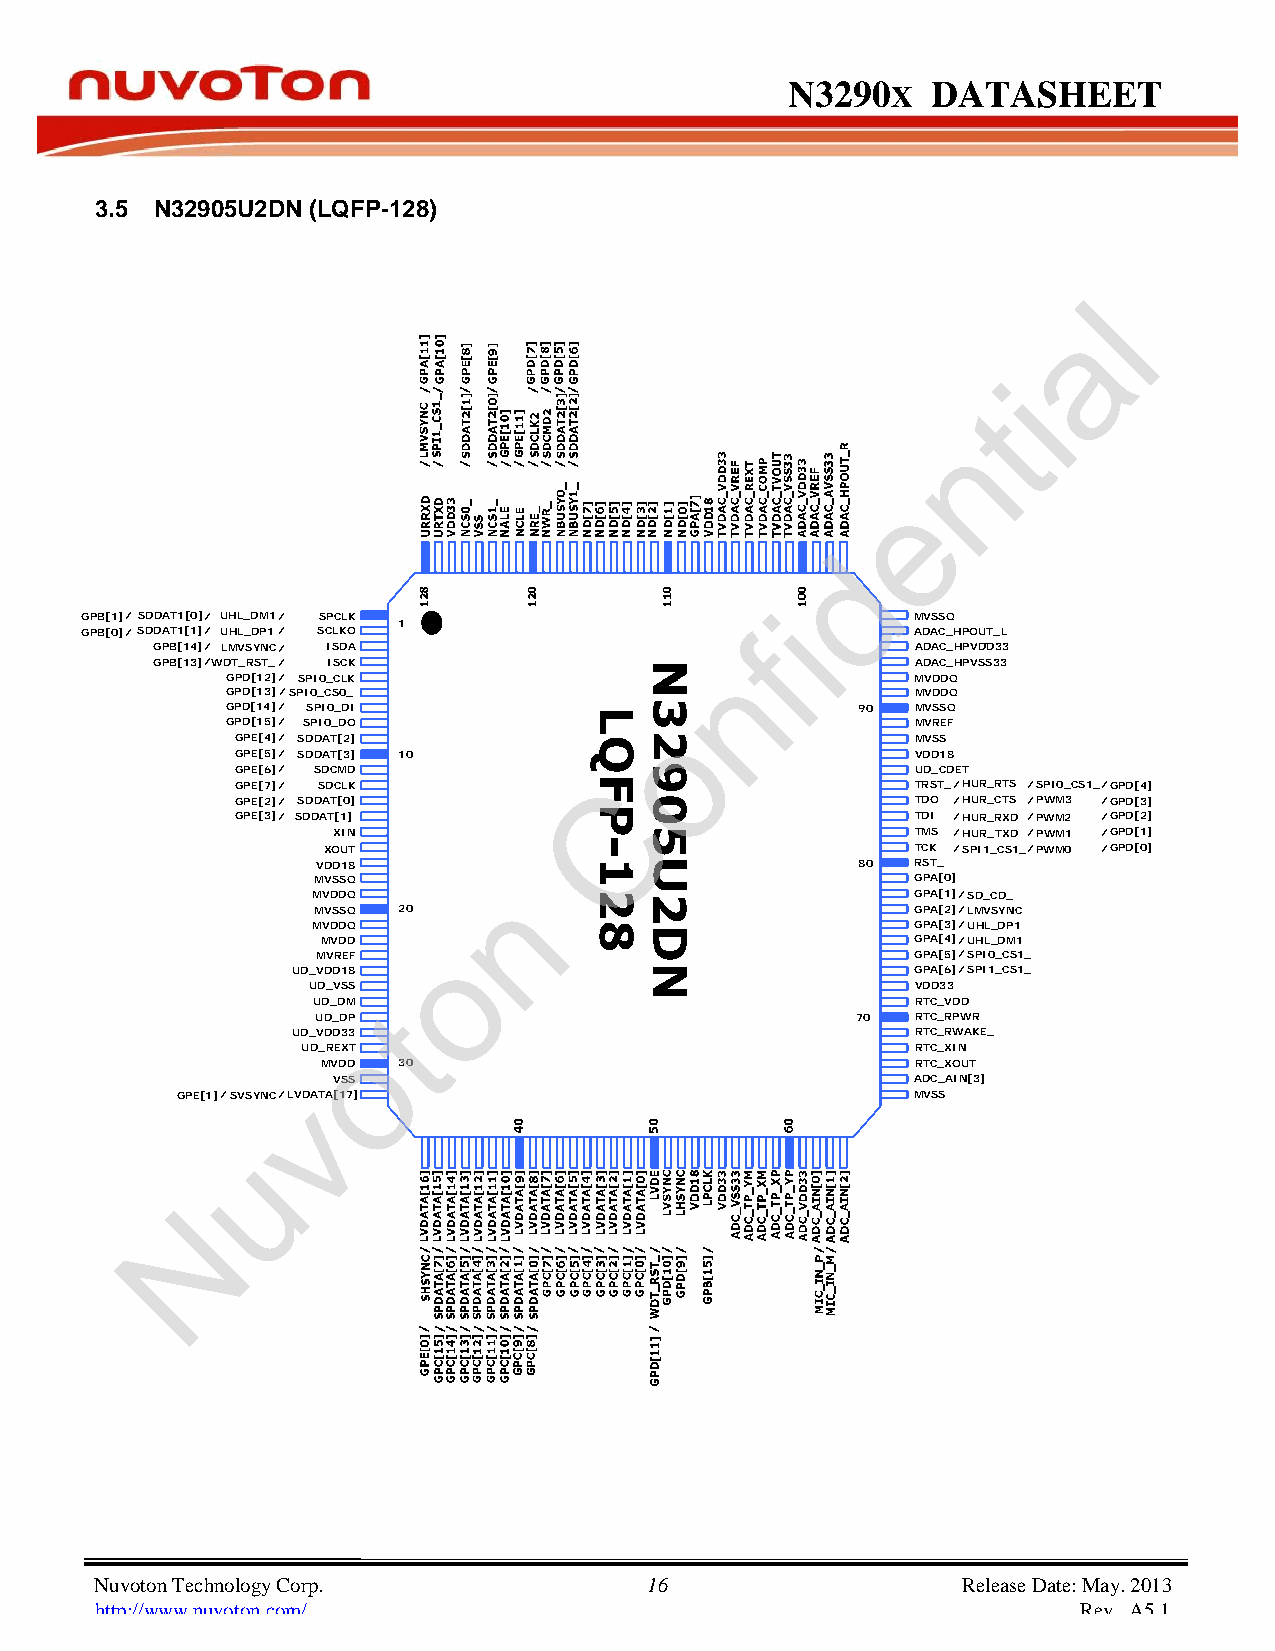
N3290      X DATASHEET
 3.5 N32905U2DN (LQFP-128)
 l
 a
 i
 t
 n
 e
 d
 i
 GPB[1]/SDDAT1[0]/ UHL_DM1/ SPCLK                       MVSSQ
 GPB[0]/SDDAT1[1]/ UHL_DP1/ SCLKO 1          f          ADAC_HPOUT_L
 _
 GPB[14]/ LMVSYNC / ISDA                            ADAC_HPVDD33
 GPB[13]/WDT_RST_/ ISCK               n             ADAC_HPVSS33
 GPD[12]/ SPI0_CLK                             MVDDQ
 GPD[13]/SPI0_CS0_                             MVDDQ
 GPD[14]/ SPI0_DI                          90  MVSSQ
 GPD[15]/ SPI0_DO             o                MVREF
 GPE[4]/ SDDAT[2]                             MVSS
 GPE[5]/ SDDAT[3] 10                          VDD18
 GPE[6]/ SDCMD           C                    UD_CDET
 GPE[7]/ SDCLK                                TRST_/ HUR_RTS / SPI0_CS1_/ GPD[4]
 GPE[2]/ SDDAT[0]                             TDO / HUR_CTS / PWM3 / GPD[3]
 GPE[3]/ SDDAT[1]                             TDI / HUR_RXD / PWM2 / GPD[2]
 XIN                                    TMS / HUR_TXD / PWM1 / GPD[1]
 XOUT                                    TCK / SPI1_CS1_/ PWM0 / GPD[0]
 VDD18                               80  RST_
 MVSSQ       n                           GPA[0]
 MVDDQ                                   GPA[1]/ SD_CD_
 MVSSQ 20                                GPA[2]/ LMVSYNC
 MVDDQ                                   GPA[3]/ UHL_DP1
 MVDD    o                               GPA[4]/ UHL_DM1
 MVREF                                   GPA[5]/ SPI0_CS1_
 UD_VDD18                                  GPA[6]S/P I1_CS1_
 UD_VSS                                   VDD33
 UD_DM t                                 RTC_VDD
 UD_DP                               70  RTC_RPWR
 UD_VDD3o3                                 RTC_RWAKE_
 UD_REXT                                  RTC_XIN
 MVDD 30                                 RTC_XOUT
 VSS                                   ADC_AIN[3]
 v
 GPE[1]S/VSYNC /LVDATA[17]                       MVSS
 u
 N
 Nuvoton Technology Corp. 16                               Release Date: May. 2013
 http://www.nuvoton.com/                                           Rev. A5.1